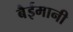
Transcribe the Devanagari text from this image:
बैईमानी